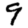
Digit: 9